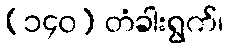
(၁၄၀) တံခါးရွက်၊